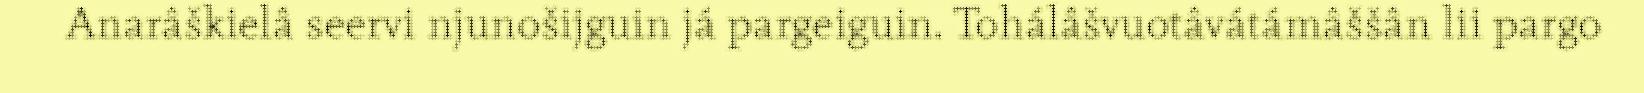
Anarâškielâ seervi njunošijguin já pargeiguin. Tohálâšvuotâvátámâššân lii pargo